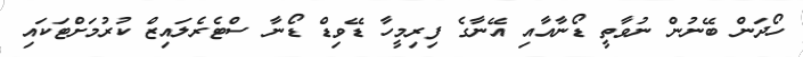
ހޯދަން ބޭނުން ނުވާތީ ޑޯނާއާއި އޭނާގެ ފިރިމީހާ ޑޭވިޑް ޑޯނާ ސްޓެރެލައިޒް ކުރުމަށްޓަކައި